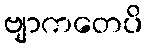
ဗျာကတေပိ